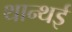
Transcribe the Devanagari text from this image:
थान्थई